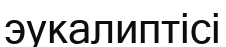
эукалиптісі